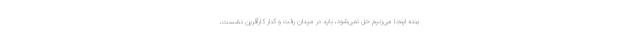
بنده اینجا می‌زنیم حل نمی‌شود، باید در میدان رفت و کنار کارآفرین نشست،